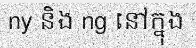
ny និង ng នៅក្នុង